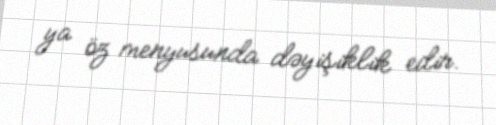
ya öz menyusunda dəyişiklik edir.